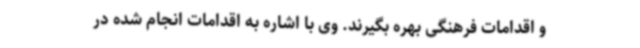
و اقدامات فرهنگی بهره بگیرند. وی با اشاره به اقدامات انجام شده در